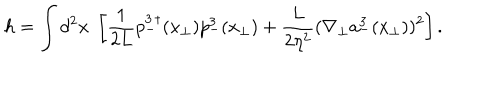
LaTeX: h = \int d ^ { 2 } x \; \left[ \frac { 1 } { 2 L } p _ { - } ^ { 3 \, \dagger } ( { x } _ { \bot } ) p _ { - } ^ { 3 } ( { x } _ { \bot } ) + \frac { L } { 2 \eta ^ { 2 } } ( \nabla _ { \bot } a _ { - } ^ { 3 } ( { x } _ { \bot } ) ) ^ { 2 } \right] .